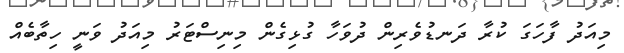
މިއަދު ފާހަގަ ކުރާ ދަނޑުވެރިން ދުވަހާ ގުޅިގެން މިނިސްޓަރު މިއަދު ވަނީ ހިތާބެއް